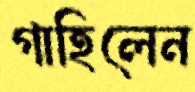
গাহিলেন